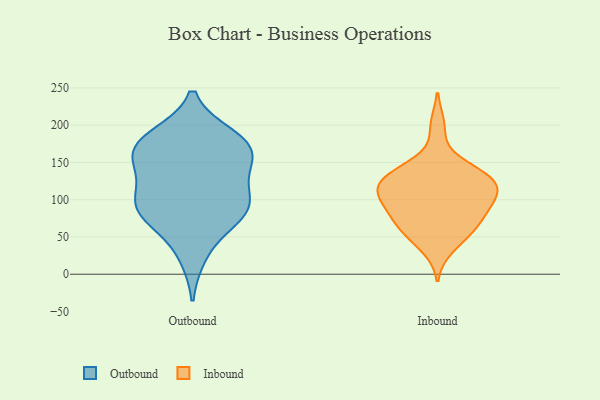
{"axis": {"x": "Backlog", "y": "Value"}, "legend": ["Inbound", "Outbound"], "data": [{"x": "", "y": 91, "type": "Outbound"}, {"x": "", "y": 25, "type": "Outbound"}, {"x": "", "y": 181, "type": "Outbound"}, {"x": "", "y": 81, "type": "Outbound"}, {"x": "", "y": 161, "type": "Outbound"}, {"x": "", "y": 66, "type": "Outbound"}, {"x": "", "y": 185, "type": "Outbound"}, {"x": "", "y": 99, "type": "Outbound"}, {"x": "", "y": 168, "type": "Outbound"}, {"x": "", "y": 126, "type": "Outbound"}, {"x": "", "y": 96, "type": "Outbound"}, {"x": "", "y": 88, "type": "Outbound"}, {"x": "", "y": 151, "type": "Outbound"}, {"x": "", "y": 179, "type": "Outbound"}, {"x": "", "y": 147, "type": "Outbound"}, {"x": "", "y": 61, "type": "Inbound"}, {"x": "", "y": 109, "type": "Inbound"}, {"x": "", "y": 117, "type": "Inbound"}, {"x": "", "y": 199, "type": "Inbound"}, {"x": "", "y": 120, "type": "Inbound"}, {"x": "", "y": 77, "type": "Inbound"}, {"x": "", "y": 111, "type": "Inbound"}, {"x": "", "y": 139, "type": "Inbound"}, {"x": "", "y": 60, "type": "Inbound"}, {"x": "", "y": 56, "type": "Inbound"}, {"x": "", "y": 85, "type": "Inbound"}, {"x": "", "y": 35, "type": "Inbound"}, {"x": "", "y": 127, "type": "Inbound"}, {"x": "", "y": 95, "type": "Inbound"}, {"x": "", "y": 114, "type": "Inbound"}, {"x": "", "y": 88, "type": "Inbound"}, {"x": "", "y": 145, "type": "Inbound"}, {"x": "", "y": 137, "type": "Inbound"}]}